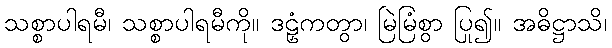
သစ္စာပါရမီ၊ သစ္စာပါရမီကို။ ဒဠှံကတွာ၊ မြဲမြံစွာ ပြု၍။ အဓိဋ္ဌာသိ၊